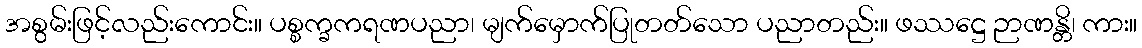
အစွမ်းဖြင့်လည်းကောင်း။ ပစ္စက္ခကရဏပညာ၊ မျက်မှောက်ပြုတတ်သော ပညာတည်း။ ဖဿဋ္ဌေ ဉာဏန္တိ၊ ကား။